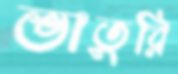
ভাতুরি